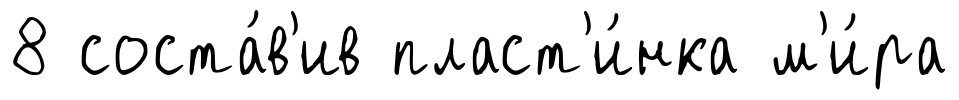
8 соста́в'ив пласт'и́нка м'и́ра